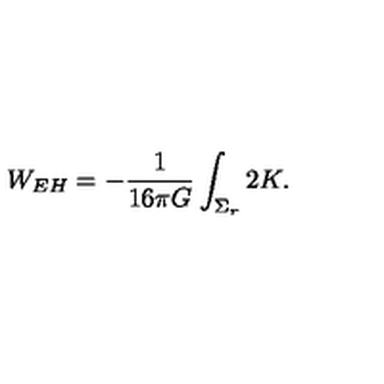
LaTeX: W _ { E H } = - { \frac { 1 } { 1 6 \pi G } } \int _ { \Sigma _ { r } } 2 K .